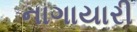
નાગાયારી